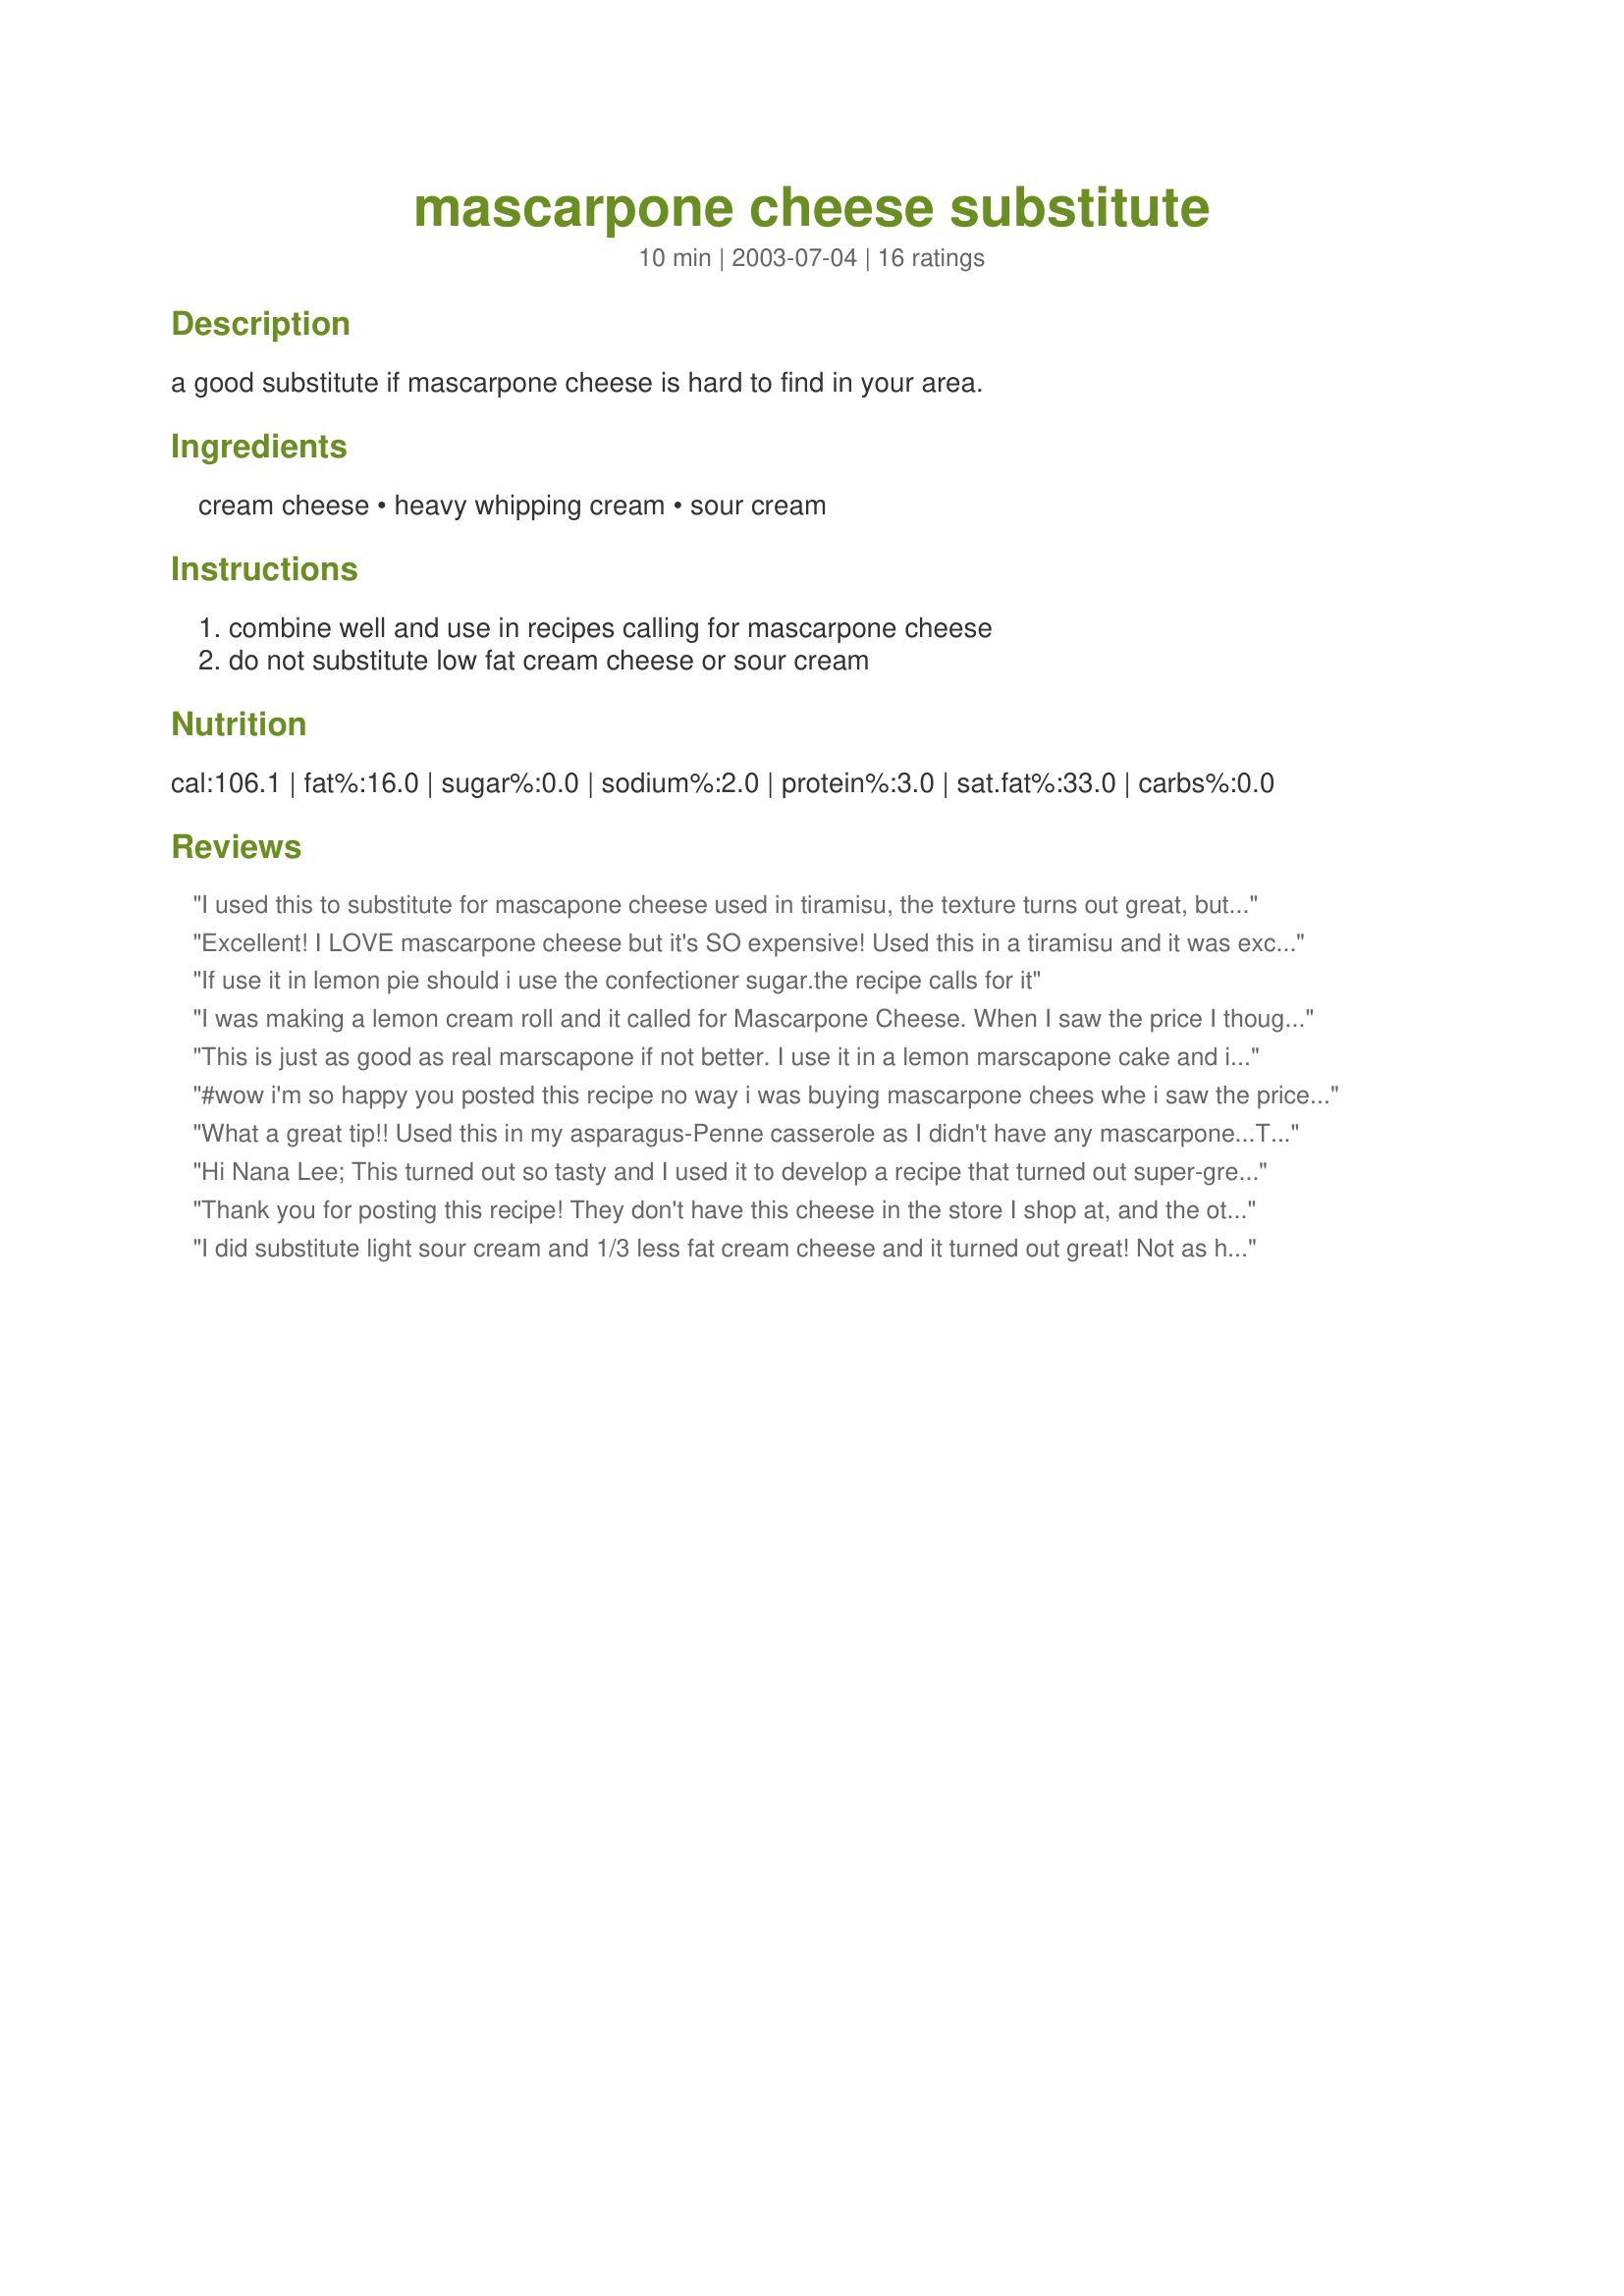
mascarpone cheese substitute
Preparation time: 10 minutes

a good substitute if mascarpone cheese is hard to find in your area.

Ingredients:
cream cheese, heavy whipping cream, sour cream

Steps:
combine well and use in recipes calling for mascarpone cheese, do not substitute low fat cream cheese or sour cream

Reviews:
I used this to substitute for mascapone cheese used in tiramisu, the texture turns out great, but the taste is no good, still have that cream cheese taste in the tiramisu. :(
Excellent! I LOVE mascarpone cheese but it's SO expensive! Used this in a tiramisu and it was excellent! Thanks!
If use it in lemon pie should i use the confectioner sugar.the recipe calls for it
I was making a lemon cream roll and it called for Mascarpone Cheese. When I saw the price I thought, "NO WAY!" My lemon roll turned out beautifully!
This is just as good as real marscapone if not better. I use it in a lemon marscapone cake and it is divine! Love it so much. Thank you for the great recipe
#wow i'm so happy you posted this recipe no way i was buying mascarpone chees whe i saw the price omggggg i couldn't believe it I used it to make tiramisu cupcakes #304982 tyvm for posting :)
What a great tip!! Used this in my asparagus-Penne casserole as I didn't have any mascarpone...This is great!!! Thanks so much for this recipe!!!
Hi Nana Lee;
This turned out so tasty and I used it to develop a recipe that turned out super-great.
Thank you for sharing this with us.
It is in my cookbook to be used in other recipes.
"Uncle Bill"
Thank you for posting this recipe! They don't have this cheese in the store I shop at, and the other store charges an arm and a leg for it. I used it to make a Tarimasu cake and it turned out great thanks to this recipe! :)
I did substitute light sour cream and 1/3 less fat cream cheese and it turned out great! Not as heavy..I soaked my lady fingers in strong coffee and coffee liquor..There are so many variations. Thats what makes it fun...
This is a fantastic recipe! Mascarpone cheese used to be practically unheard of here in Israel. You can get it now, but it's really really expensive. This is a great substitute. I made a tiramisu for dessert this weekend using this cheese instead of mascarpone, and it was heavenly! Thanks, Mox!
This is a fantastic substitute for the "real thing" which is very expensive in Canada too!! The quantity was perfect for making half of my President's Choice Tiramisu as a treat on New Years Eve. Thanx Moxie!
This is a more than acceptable substitute! Because I did not feel like running back to the grocery store, I used the non-recommended lower fat versions. I used 1/3 less fat cream cheese, half and half, and lowfat sour cream, and it still got decent. I used this mix in a savory dish, and everyone thought it was mascarpone. I do not know if it would have been more noticeable had I made this for a sweet dish like tiramisu, but I definitely recommend for savory dishes!
This actually looks like Mascarpone, but DO NOT attempt to make Tiramisu frosting with this! I tried it, and the results were a runny frosting which did not ship up well.
I found Mascapone cheese in the deli case where &agrave;ll the Italian cheeses were, but it was very expensiv&egrave;. I can make twice the amount which is 16 oz. for less then the price of 8 oz. of the
Real thing . Thanks for the recipe it going to be a huge help!
This is a great substitute for marscapone. To reduce the &quot;cream cheese&quot; flavor I toss in a 1/4 cup of powdered sugar sifted. Gives it that little hint of sweetness for my Tiramisu.
